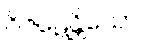
ဝိဇဋေန္တိယော